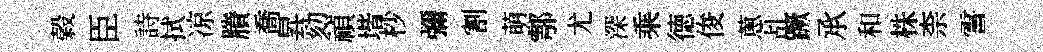
榖臣詩拭凉賸喬昇劾禎堦杪彌割萌鄠尤深乘徳俊蔥乩蹶𠄘和株柰霅